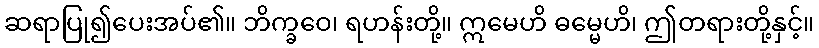
ဆရာပြု၍ပေးအပ်၏။ ဘိက္ခဝေ၊ ရဟန်းတို့။ ဣမေဟိ ဓမ္မေဟိ၊ ဤတရားတို့နှင့်။